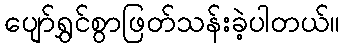
ပျော်ရွှင်စွာဖြတ်သန်းခဲ့ပါတယ်။